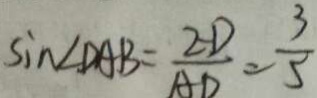
\sin \angle D A B = \frac { 2 D } { A D } = \frac { 3 } { 5 }